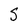
Character: S